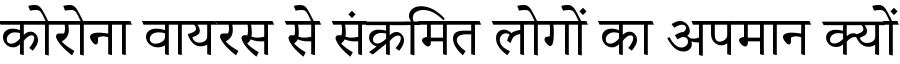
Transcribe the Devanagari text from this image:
कोरोना वायरस से संक्रमित लोगों का अपमान क्यों